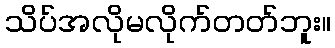
သိပ်အလိုမလိုက်တတ်ဘူး။